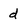
Character: d